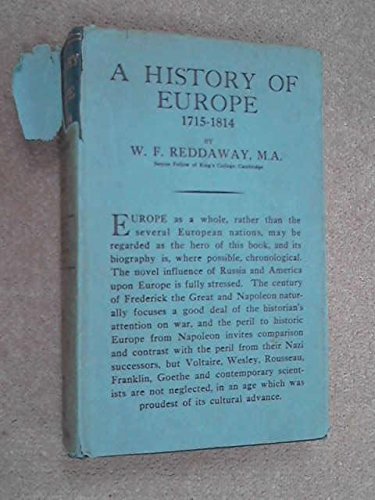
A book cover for The Cambridge History of Poland: From Augustus II to Pilsudski (1697-1935); W.F. and J.H. Penson, O. Halecki, R. Dyboski, Editiors. Reddaway; Travel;